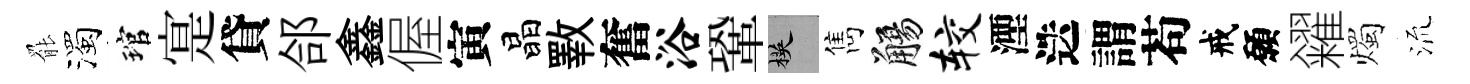
罷濁琯寔貸郃鑫偓寅晶斁奮浴鞏楧雋觴较湮迭謂苟戒願糴燭𣴑